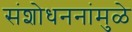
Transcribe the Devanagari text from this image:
संशोधननांमुळे